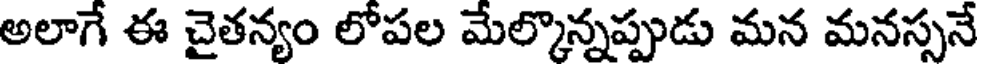
అలాగే ఈ చైతన్యం లోపల మేల్కొన్నప్పుడు మన మనస్సనే